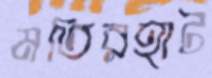
মতিরহাট